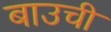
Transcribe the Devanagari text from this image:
बाउची